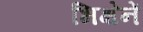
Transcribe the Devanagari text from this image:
भिक्षेनें